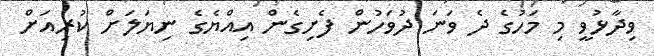
ވިދާޅުވީ މި މަހުގެ ދެ ވަނަ ދުވަހުން ފެށިގެން އިއްޔެގެ ނިޔަލަށް ކުރިއަށް